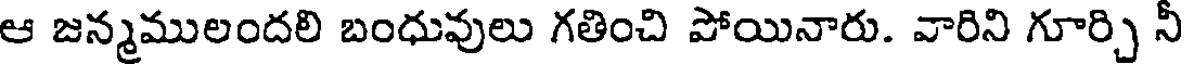
ఆ జన్మములందలి బంధువులు గతించి పోయినారు. వారిని గూర్చి నీ